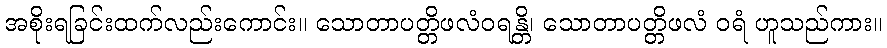
အစိုးရခြင်းထက်လည်းကောင်း။ သောတာပတ္တိဖလံဝရန္တိ၊ သောတာပတ္တိဖလံ ဝရံ ဟူသည်ကား။